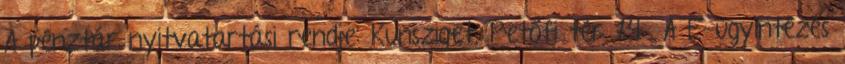
A pénztár nyitvatartási rendje: Kunsziget, Petőfi tér 14 A E-ügyintézés